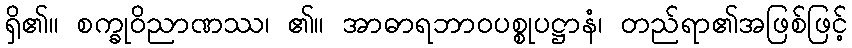
ရှိ၏။ စက္ခုဝိညာဏဿ၊ ၏။ အာဓာရဘာဝပစ္စုပဋ္ဌာနံ၊ တည်ရာ၏အဖြစ်ဖြင့်